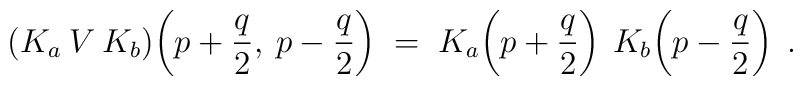
(K_a\:V\:K_b)\!\left(p+\frac{q}{2},\:p-\frac{q}{2}\right) \;=\; K_a\!\left(p+\frac{q}{2}\right) \:K_b\!\left(p-\frac{q}{2}\right) \;.